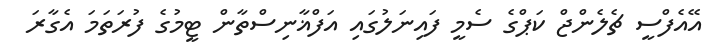
އޭއެފްސީ ޗެލެންޖް ކަޕްގެ ސެމީ ފައިނަލުގައި އަފްޣާނިސްތާން ޓީމުުގެ ފުރަތަމަ އެގާރަ